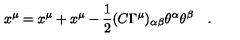
x ^ { \mu } = x ^ { \mu } + x ^ { \mu } - { \frac { 1 } { 2 } } ( C \Gamma ^ { \mu } ) _ { \alpha \beta } \theta ^ { \alpha } \theta ^ { \beta } \quad .